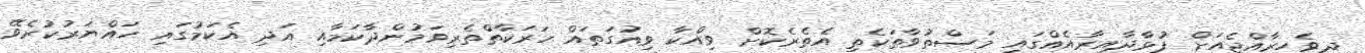
ދިވެހިރާއްޖެއަށް ފުޅާދާއިރާއެއްގައި މަސްތުވާތަކެތި އެތެރެކޮށް ވިއްކާ ވިއުގަތައް ހަރަކާތްތެރިވަމުންދާކަމާއި އަދި އެކަމުގައި ހައްޔަރުކުރެވޭ